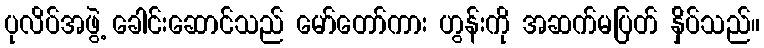
ပုလိပ်အဖွဲ့ ခေါင်းဆောင်သည် မော်တော်ကား ဟွန်းကို အဆက်မပြတ် န်ှိပ်သည်။